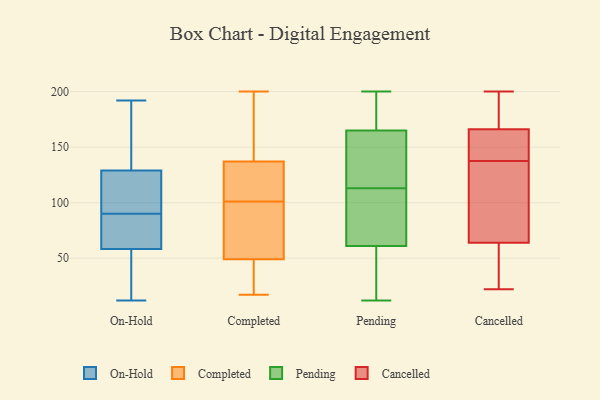
{"axis": {"x": "Bounce Rate (%)", "y": "Value"}, "legend": ["Cancelled", "Completed", "On-Hold", "Pending"], "data": [{"x": "", "y": 92, "type": "On-Hold"}, {"x": "", "y": 32, "type": "On-Hold"}, {"x": "", "y": 98, "type": "On-Hold"}, {"x": "", "y": 90, "type": "On-Hold"}, {"x": "", "y": 63, "type": "On-Hold"}, {"x": "", "y": 83, "type": "On-Hold"}, {"x": "", "y": 190, "type": "On-Hold"}, {"x": "", "y": 192, "type": "On-Hold"}, {"x": "", "y": 12, "type": "On-Hold"}, {"x": "", "y": 162, "type": "On-Hold"}, {"x": "", "y": 90, "type": "On-Hold"}, {"x": "", "y": 44, "type": "On-Hold"}, {"x": "", "y": 118, "type": "On-Hold"}, {"x": "", "y": 141, "type": "Completed"}, {"x": "", "y": 98, "type": "Completed"}, {"x": "", "y": 58, "type": "Completed"}, {"x": "", "y": 157, "type": "Completed"}, {"x": "", "y": 162, "type": "Completed"}, {"x": "", "y": 38, "type": "Completed"}, {"x": "", "y": 45, "type": "Completed"}, {"x": "", "y": 101, "type": "Completed"}, {"x": "", "y": 200, "type": "Completed"}, {"x": "", "y": 182, "type": "Completed"}, {"x": "", "y": 76, "type": "Completed"}, {"x": "", "y": 122, "type": "Completed"}, {"x": "", "y": 39, "type": "Completed"}, {"x": "", "y": 123, "type": "Completed"}, {"x": "", "y": 17, "type": "Completed"}, {"x": "", "y": 60, "type": "Completed"}, {"x": "", "y": 102, "type": "Completed"}, {"x": "", "y": 46, "type": "Completed"}, {"x": "", "y": 125, "type": "Completed"}, {"x": "", "y": 200, "type": "Pending"}, {"x": "", "y": 197, "type": "Pending"}, {"x": "", "y": 84, "type": "Pending"}, {"x": "", "y": 34, "type": "Pending"}, {"x": "", "y": 61, "type": "Pending"}, {"x": "", "y": 151, "type": "Pending"}, {"x": "", "y": 12, "type": "Pending"}, {"x": "", "y": 165, "type": "Pending"}, {"x": "", "y": 142, "type": "Pending"}, {"x": "", "y": 66, "type": "Pending"}, {"x": "", "y": 93, "type": "Cancelled"}, {"x": "", "y": 29, "type": "Cancelled"}, {"x": "", "y": 64, "type": "Cancelled"}, {"x": "", "y": 200, "type": "Cancelled"}, {"x": "", "y": 91, "type": "Cancelled"}, {"x": "", "y": 141, "type": "Cancelled"}, {"x": "", "y": 22, "type": "Cancelled"}, {"x": "", "y": 134, "type": "Cancelled"}, {"x": "", "y": 152, "type": "Cancelled"}, {"x": "", "y": 156, "type": "Cancelled"}, {"x": "", "y": 182, "type": "Cancelled"}, {"x": "", "y": 153, "type": "Cancelled"}, {"x": "", "y": 22, "type": "Cancelled"}, {"x": "", "y": 192, "type": "Cancelled"}, {"x": "", "y": 132, "type": "Cancelled"}, {"x": "", "y": 166, "type": "Cancelled"}, {"x": "", "y": 175, "type": "Cancelled"}, {"x": "", "y": 25, "type": "Cancelled"}]}